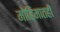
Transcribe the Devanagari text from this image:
मोहिमातही